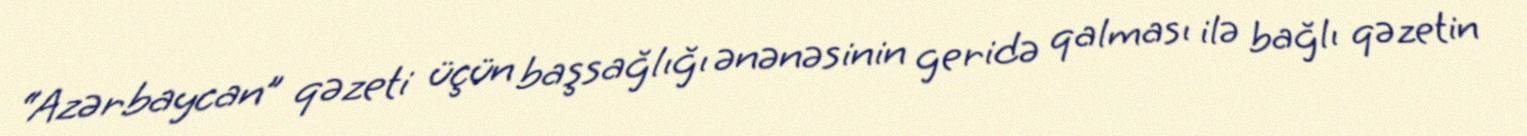
“Azərbaycan” qəzeti üçün başsağlığı ənənəsinin geridə qalması ilə bağlı qəzetin